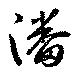
潘